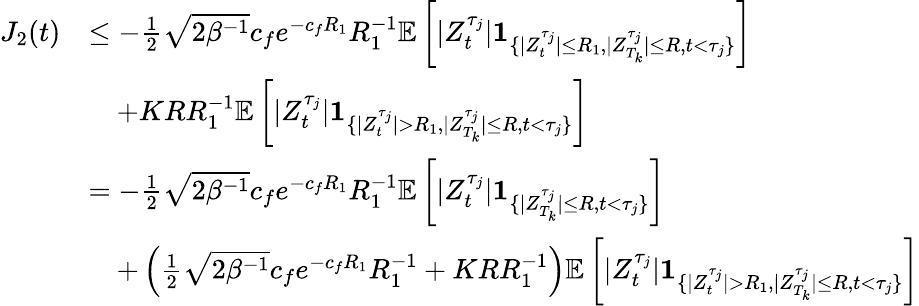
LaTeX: \begin{array}{rl}{J_{2}(t)}&{\leq-\frac{1}{2}\sqrt{2\beta^{-1}}c_{f}e^{-c_{f}R_{1}}R_{1}^{-1}\mathbb{E}\left[|Z_{t}^{\tau_{j}}|\textbf{1}_{\{ |Z_{t}^{\tau_{j}}|\leq R_{1},|Z_{T_{k}}^{\tau_{j}}|\leq R,t<\tau_{j}\} }\right]}\\ &{\quad+KRR_{1}^{-1}\mathbb{E}\left[|Z_{t}^{\tau_{j}}|\textbf{1}_{\{ |Z_{t}^{\tau_{j}}|>R_{1},|Z_{T_{k}}^{\tau_{j}}|\leq R,t<\tau_{j}\} }\right]}\\ &{=-\frac{1}{2}\sqrt{2\beta^{-1}}c_{f}e^{-c_{f}R_{1}}R_{1}^{-1}\mathbb{E}\left[|Z_{t}^{\tau_{j}}|\textbf{1}_{\{ |Z_{T_{k}}^{\tau_{j}}|\leq R,t<\tau_{j}\} }\right]}\\ &{\quad+\left(\frac{1}{2}\sqrt{2\beta^{-1}}c_{f}e^{-c_{f}R_{1}}R_{1}^{-1}+KRR_{1}^{-1}\right)\mathbb{E}\left[|Z_{t}^{\tau_{j}}|\textbf{1}_{\{ |Z_{t}^{\tau_{j}}|>R_{1},|Z_{T_{k}}^{\tau_{j}}|\leq R,t<\tau_{j}\} }\right]}\end{array}